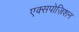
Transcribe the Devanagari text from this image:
एक्सपोज़िशन